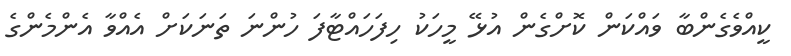
ކީއްވެގެންބާ ވައްކަން ކޮށްގެން އުޅޭ މީހަކު ހިފަހައްޓާފަ ހުންނަ ތަނަކަށް އެއްވާ އެންމެންގެ